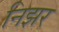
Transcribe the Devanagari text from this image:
निझर